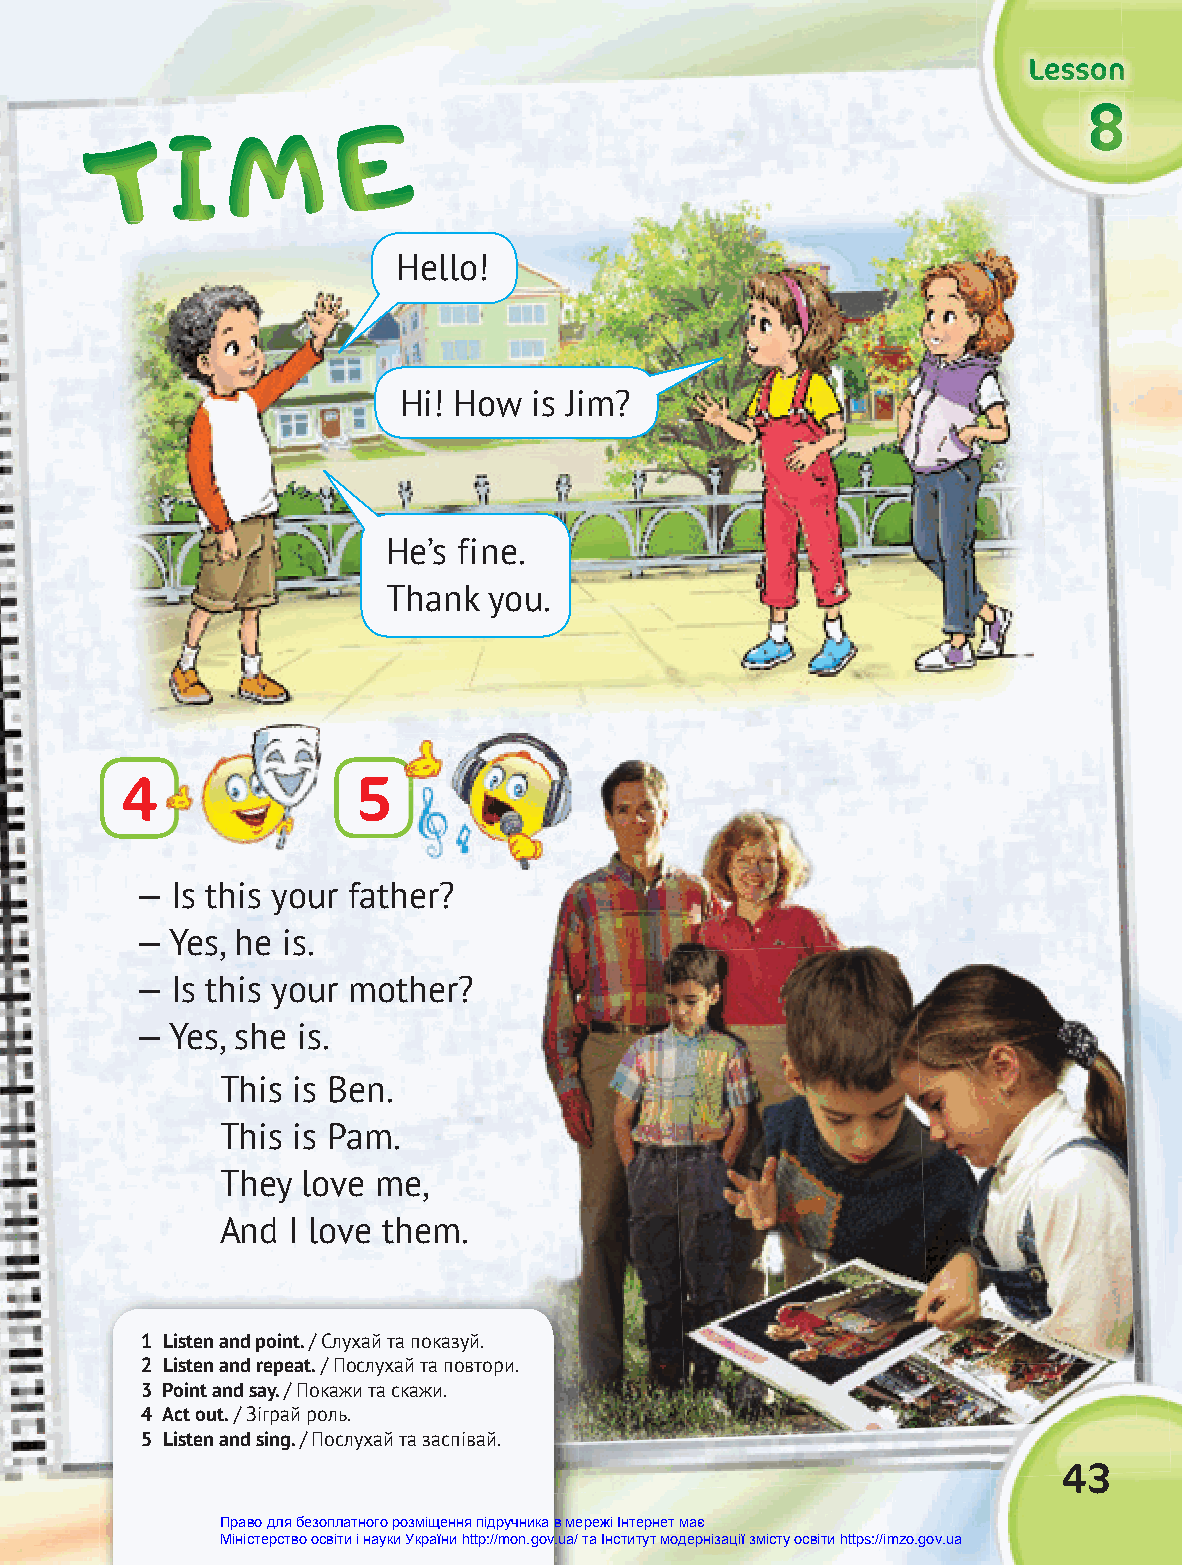
LLLLLLeeeeeessssssssssssoooooonnnnnn
 TTTTTT IIIIII MMMMMM EEEEEE                                       888
 Hello!
 Hi! How  is Jim?
 He’s fine.
 Thank you.
 4               5
 — Is this your father?
 — Yes, he is.
 — Is this your mother?
 — Yes, she is.
 This is Ben.
 This is Pam.
 They love me,
 And I love them.
 1 Listen and point. / Слухай та показуй.
 2 Listen and repeat. / Послухай та повтори.
 3 Point and say. / Покажи та скажи.
 4 Act out. / Зіграй роль.
 5 Listen and sing. / Послухай та заспівай.
 43
 Право для безоплатного розміщення підручника в мережі Інтернет має
 Міністерство освіти і науки України http://mon.gov.ua/ та Інститут модернізації змісту освіти https://imzo.gov.ua